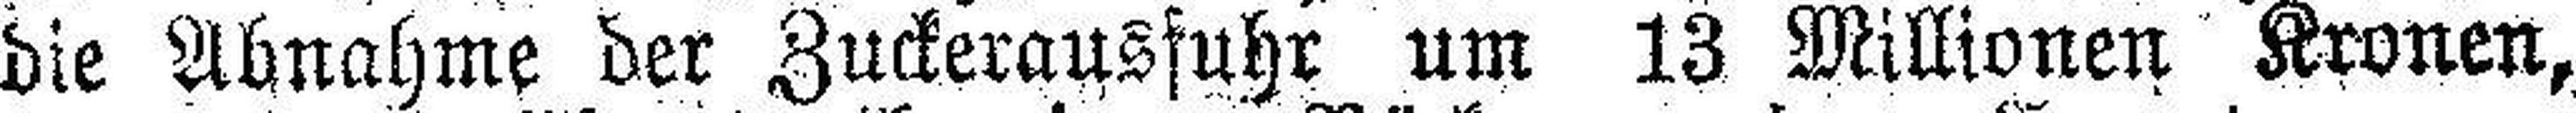
die Abnahme der Zuckeransfuhr um 13 Millionen Kronen,